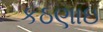
કઠણાઇ